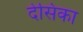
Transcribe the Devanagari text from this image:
देसिका